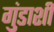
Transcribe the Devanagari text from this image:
गुंडाशी